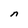
Character: n